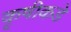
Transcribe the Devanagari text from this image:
कृषीकडे